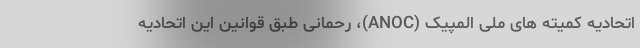
اتحادیه کمیته های ملی المپیک (ANOC)، رحمانی طبق قوانین این اتحادیه